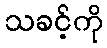
သခင့်ကို